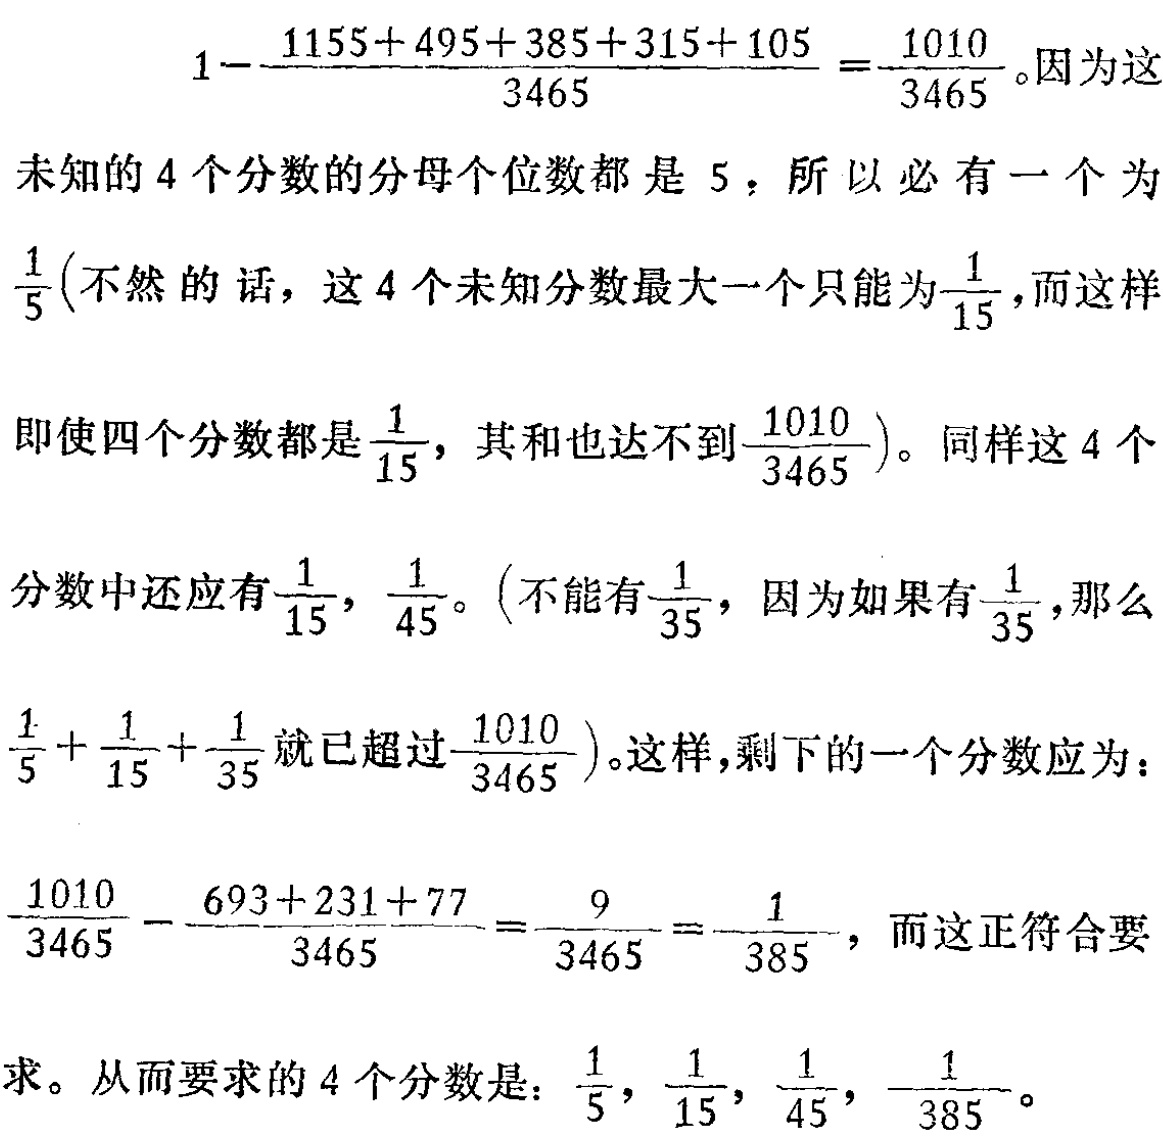
\(1 - \frac{1155 + 495 + 385 + 315 + 105}{3465} = \frac{1010}{3465}\)。因为这未知的 4 个分数的分母个位数都是 5，所以必有一个为\(\frac{1}{5}\)(不然的话，这 4 个未知分数最大一个只能为\(\frac{1}{15}\)，而这样即使四个分数都是\(\frac{1}{15}\)，其和也达不到\(\frac{1010}{3465}\))。同样这 4 个分数中还应有\(\frac{1}{15}\)，\(\frac{1}{45}\)。(不能有\(\frac{1}{35}\)，因为如果有\(\frac{1}{35}\)，那么\(\frac{1}{5} + \frac{1}{15} + \frac{1}{35}\)就已超过\(\frac{1010}{3465}\))。这样，剩下的一个分数应为：\(\frac{1010}{3465} - \frac{693 + 231 + 77}{3465} = \frac{9}{3465} = \frac{1}{385}\)，而这正符合要求。从而要求的 4 个分数是：\(\frac{1}{5}\)，\(\frac{1}{15}\)，\(\frac{1}{45}\)，\(\frac{1}{385}\)。